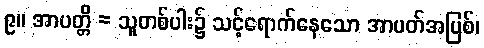
၉။ အာပတ္တိ = သူတစ်ပါး၌ သင့်ရောက်နေသော အာပတ်အပြစ်၊